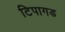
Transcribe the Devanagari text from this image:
टिपागड